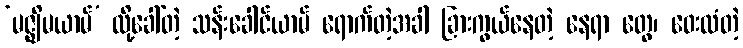
‘မဇ္ဈိမယာမ်’ လို့ခေါ်တဲ့ သန်းခေါင်ယာမ် ရောက်တဲ့အခါ ခြားကွယ်နေတဲ့ နေရာ တွေ၊ ဝေးလံတဲ့